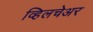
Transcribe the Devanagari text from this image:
व्हिलचेअर